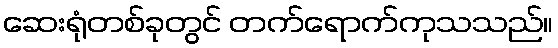
ဆေးရုံတစ်ခုတွင် တက်ရောက်ကုသသည်။